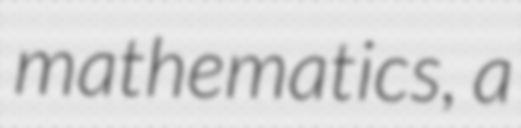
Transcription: mathematics, a